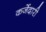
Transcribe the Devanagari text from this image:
कर्जेदारी